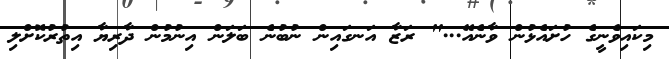
މިކައިވެނީގެ ހުށައެޅުން ވާނެއޭ..." ރަޒާ އަނގައިން ނުބުނެ ބަލަން އިނުމުން ދާރިޔާ އިތުރުކޮށްލި